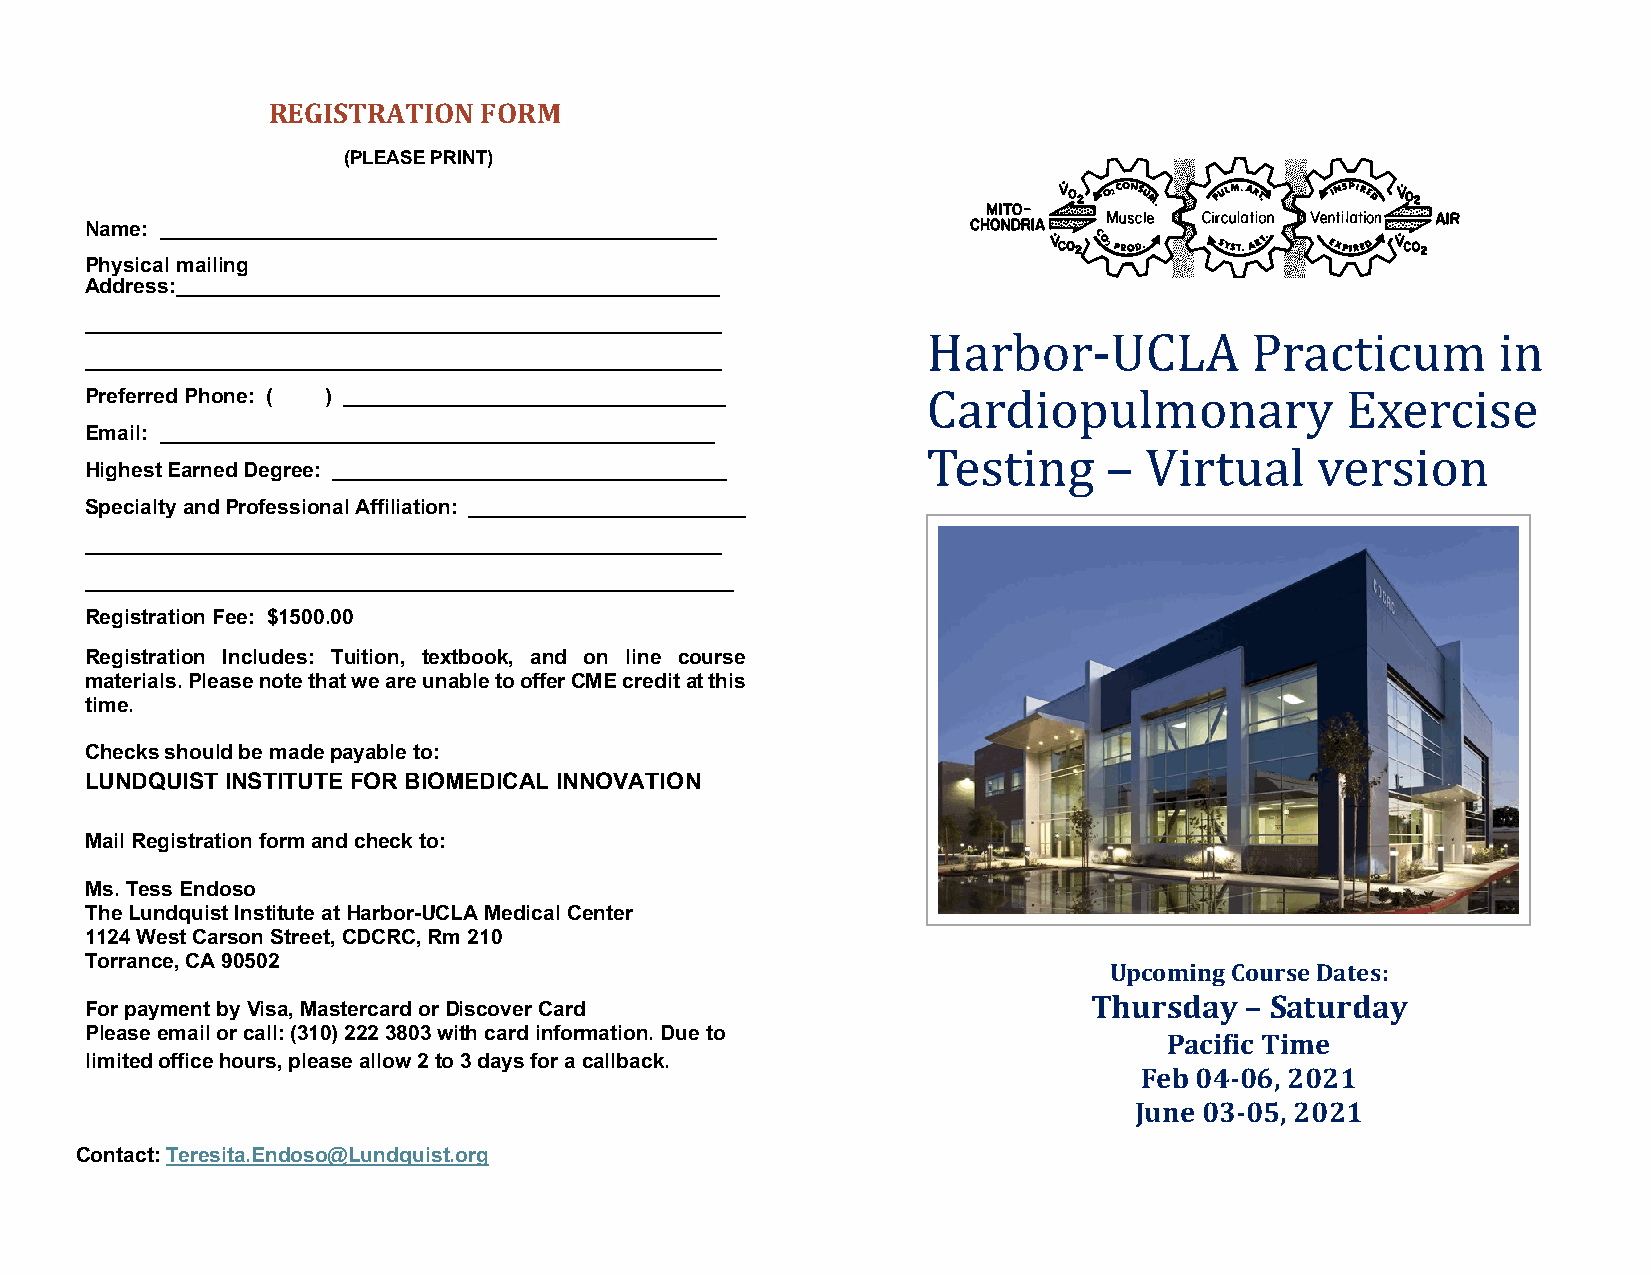
REGISTRATION  FORM
 (PLEASE PRINT)
 Name: ________________________________________________
 Physical mailing
 Address:_______________________________________________
 _______________________________________________________
 Harbor-UCLA           Practicum       in
 _______________________________________________________
 Preferred Phone: ( ) _________________________________ Cardiopulmonary             Exercise
 Email: ________________________________________________
 Testing     –  Virtual    version
 Highest Earned Degree: __________________________________
 Specialty and Professional Affiliation: ________________________
 _______________________________________________________
 ________________________________________________________
 Registration Fee: $1500.00
 Registration Includes: Tuition, textbook, and on line course
 materials. Please note that we are unable to offer CME credit at this
 time.
 Checks should be made payable to:
 LUNDQUIST INSTITUTE FOR BIOMEDICAL INNOVATION
 Mail Registration form and check to:
 Ms. Tess Endoso
 The Lundquist Institute at Harbor-UCLA Medical Center
 1124 West Carson Street, CDCRC, Rm 210
 Torrance, CA 90502
 Upcoming Course Dates:
 Thursday  – Saturday
 For payment by Visa, Mastercard or Discover Card
 Please email or call: (310) 222 3803 with card information. Due to
 Pacific Time
 limited office hours, please allow 2 to 3 days for a callback.
 Feb 04-06, 2021
 June 03-05, 2021
 Contact: Teresita.Endoso@Lundquist.org